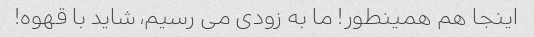
اینجا هم همینطور! ما به زودی می رسیم، شاید با قهوه!